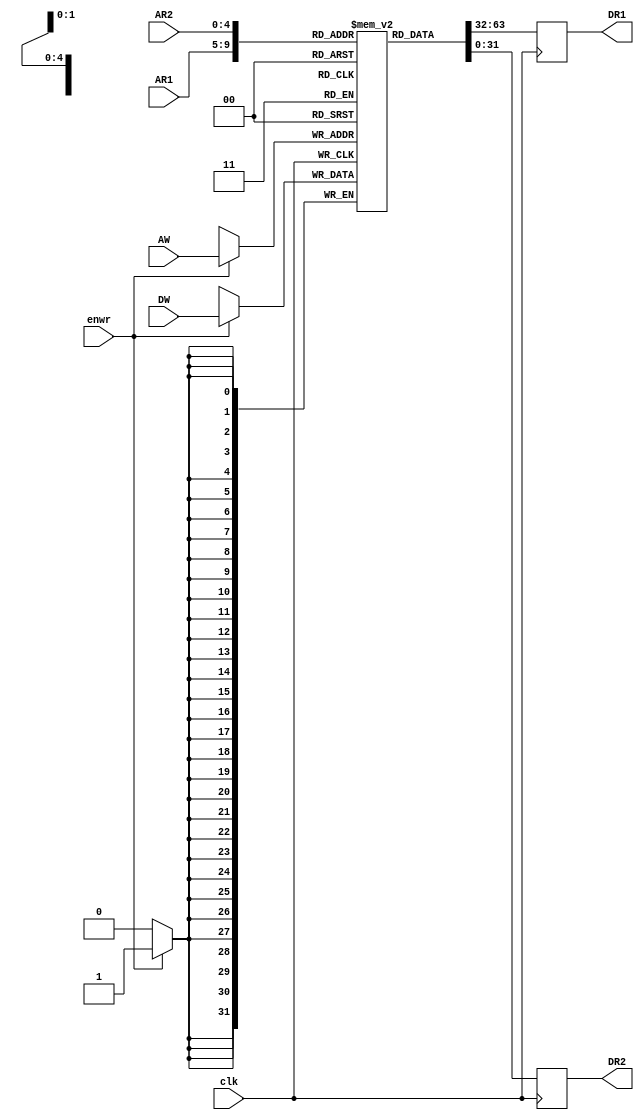
module BR(
	input [4:0]AR1,
	input [4:0]AR2,
	input [4:0]AW,
	input enwr,clk,
	input [31:0]DW,
	output reg [31:0]DR1, DR2
);
reg [31:0]MEM[0:31];

always@(negedge  clk)
begin
	if(enwr)
		begin
			MEM[AW] <= DW;
		end
	DR1 <= MEM[AR1];
	DR2 <= MEM[AR2];
	end
initial
	begin
		MEM[0]=32'd0;
		MEM[1]=32'd0;
		MEM[2]=32'd0;
		MEM[3]=32'd0;
		MEM[4]=32'd0;
	end

endmodule